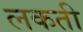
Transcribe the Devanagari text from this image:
लकती